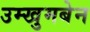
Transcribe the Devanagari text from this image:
उम्खुमबेन